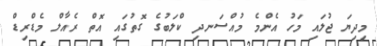
މިދިޔަ ޖުލައި މަހު އެންމެ މުއްސަނދި ކްލަބުގެ ގޮތުގައި އޮތް ރެއާލް މެޑްރިޑް